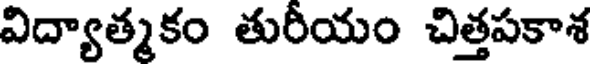
విద్యాత్మకం తురీయం చిత్తపకాశ